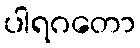
ပါရဂတော